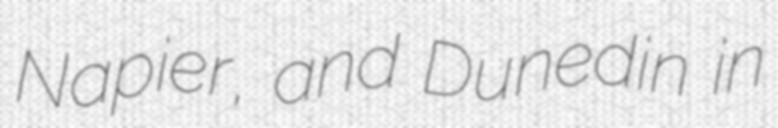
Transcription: Napier, and Dunedin in